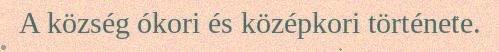
A község ókori és középkori története.